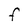
Character: F